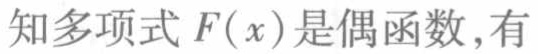
知多项式\(F(x)\)是偶函数,有